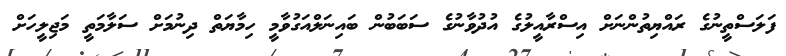
ފަލަސްތީނުގެ ރައްޔިތުންނަށް އިސްރާއީލުގެ އުދުވާނުގެ ސަބަބުން ބައިނަލްއަގުވާމީ ހިމާޔަތް ދިނުމަށް ސަލާމަތީ މަޖިލީހަށް